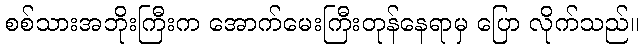
စစ်သားအဘိုးကြီးက အောက်မေးကြီးတုန်နေရာမှ ပြော လိုက်သည်။